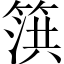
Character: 篊